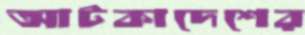
আটকাদেশের